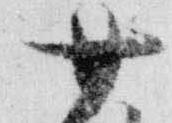
廿